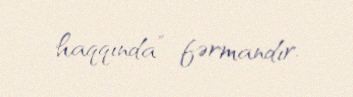
haqqında” fərmandır.